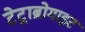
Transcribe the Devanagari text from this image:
टेट्राब्रोमाइट